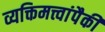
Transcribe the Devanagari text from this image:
व्यक्तिमत्त्वांपैकी